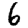
Digit: 6